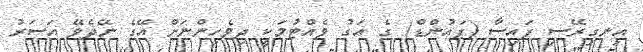
އިނގިރޭސި ފައިސާ (ޕައުންޑް) ގެ އަގު ވެއްޓުމަކީ ދިވެހިންނަށް އޭގެ ނޭދެވޭ އަސަރު